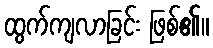
ထွက်ကျလာခြင်း ဖြစ်၏။